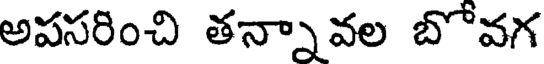
అపసరించి తన్నావల బోవగ